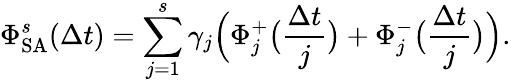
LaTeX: \Phi_{\mathrm{SA}}^{s}(\Delta t)=\sum_{j=1}^{s}\gamma_{j}\Big(\Phi_{j}^{+}\big(\frac{\Delta t}{j}\big)+\Phi_{j}^{-}\big(\frac{\Delta t}{j}\big)\Big).